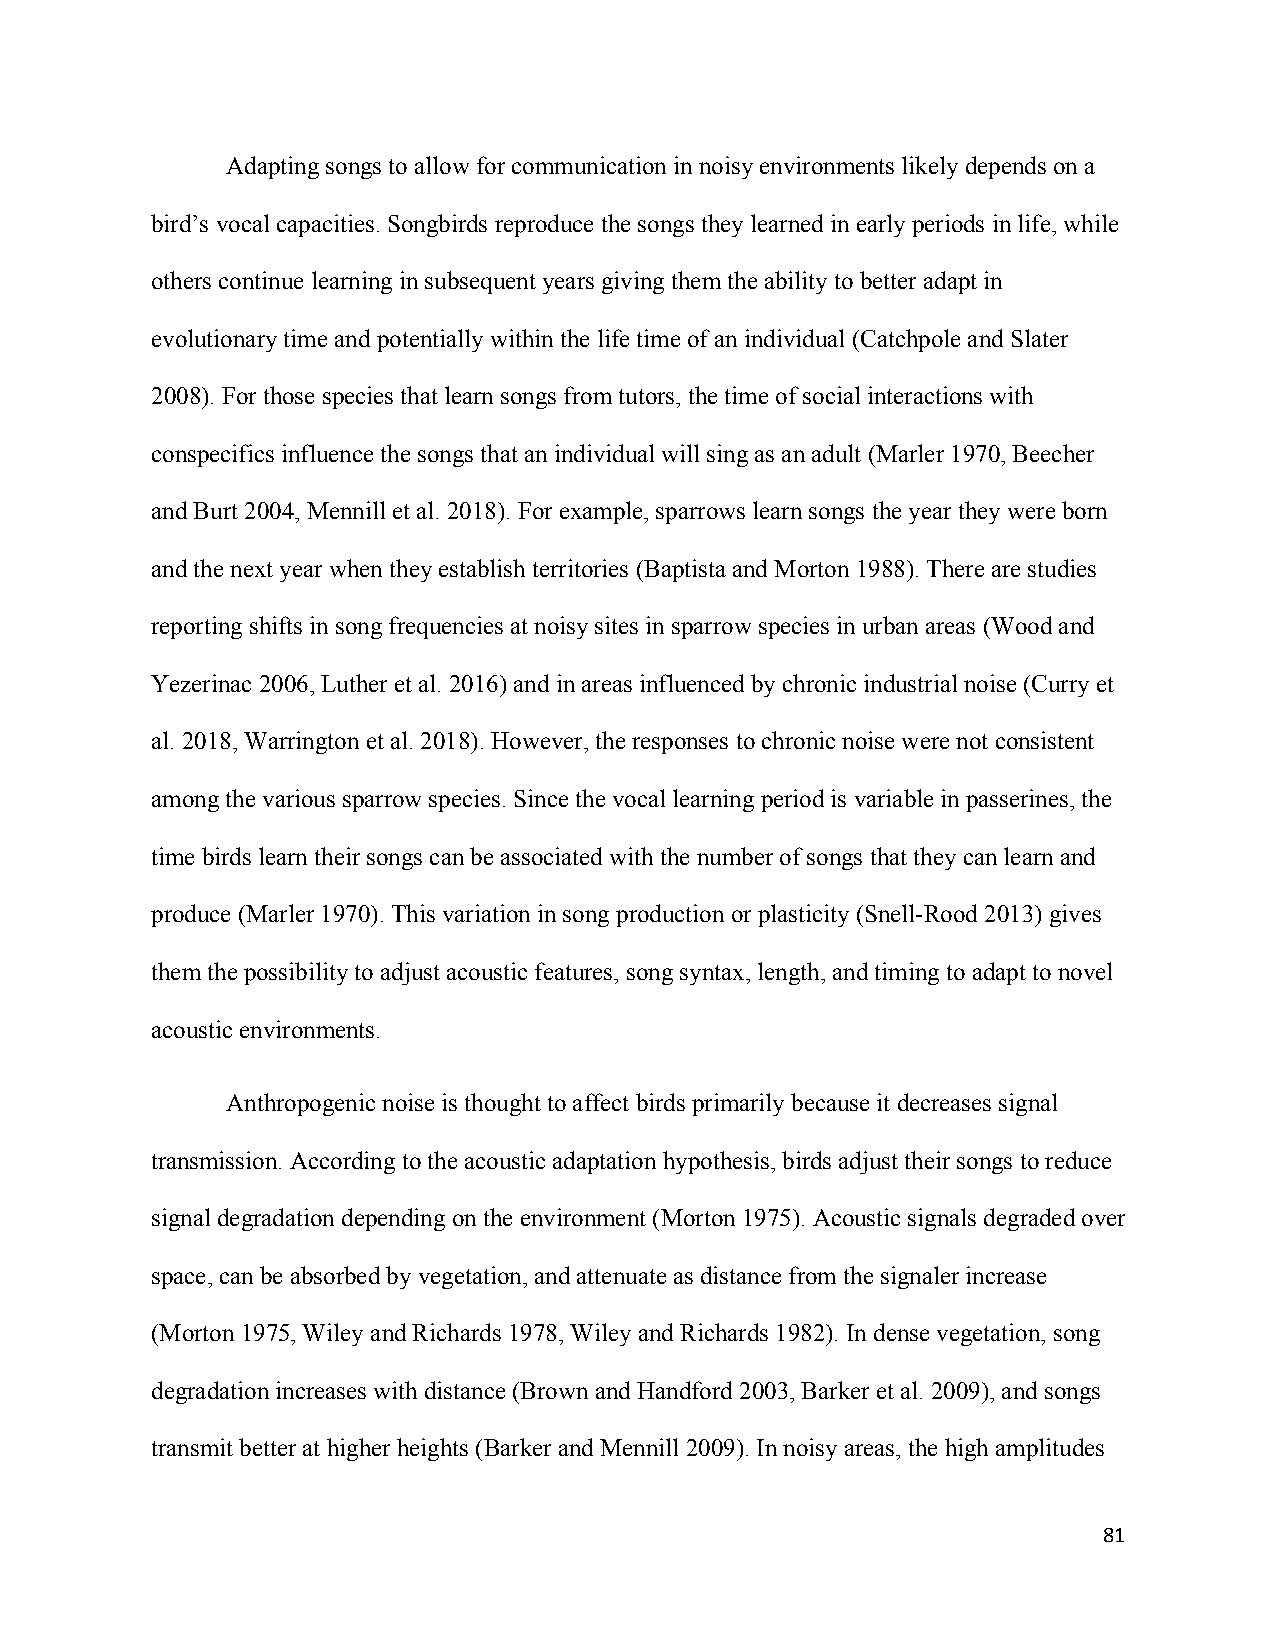
Adapting songs to allow for communication in noisy environments likely depends on a
 bird’s vocal capacities. Songbirds reproduce the songs they learned in early periods in life, while
 others continue learning in subsequent years giving them the ability to better adapt in
 evolutionary time and potentially within the life time of an individual (Catchpole and Slater
 2008). For those species that learn songs from tutors, the time of social interactions with
 conspecifics influence the songs that an individual will sing as an adult (Marler 1970, Beecher
 and Burt 2004, Mennill et al. 2018). For example, sparrows learn songs the year they were born
 and the next year when they establish territories (Baptista and Morton 1988). There are studies
 reporting shifts in song frequencies at noisy sites in sparrow species in urban areas (Wood and
 Yezerinac 2006, Luther et al. 2016) and in areas influenced by chronic industrial noise (Curry et
 al. 2018, Warrington et al. 2018). However, the responses to chronic noise were not consistent
 among the various sparrow species. Since the vocal learning period is variable in passerines, the
 time birds learn their songs can be associated with the number of songs that they can learn and
 produce (Marler 1970). This variation in song production or plasticity (Snell-Rood 2013) gives
 them the possibility to adjust acoustic features, song syntax, length, and timing to adapt to novel
 acoustic environments.
 Anthropogenic noise is thought to affect birds primarily because it decreases signal
 transmission. According to the acoustic adaptation hypothesis, birds adjust their songs to reduce
 signal degradation depending on the environment (Morton 1975). Acoustic signals degraded over
 space, can be absorbed by vegetation, and attenuate as distance from the signaler increase
 (Morton 1975, Wiley and Richards 1978, Wiley and Richards 1982). In dense vegetation, song
 degradation increases with distance (Brown and Handford 2003, Barker et al. 2009), and songs
 transmit better at higher heights (Barker and Mennill 2009). In noisy areas, the high amplitudes
 81